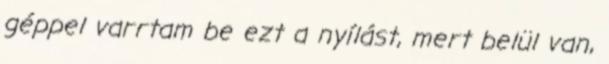
géppel varrtam be ezt a nyílást, mert belül van,